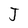
Character: J